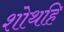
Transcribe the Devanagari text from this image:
शोथहि